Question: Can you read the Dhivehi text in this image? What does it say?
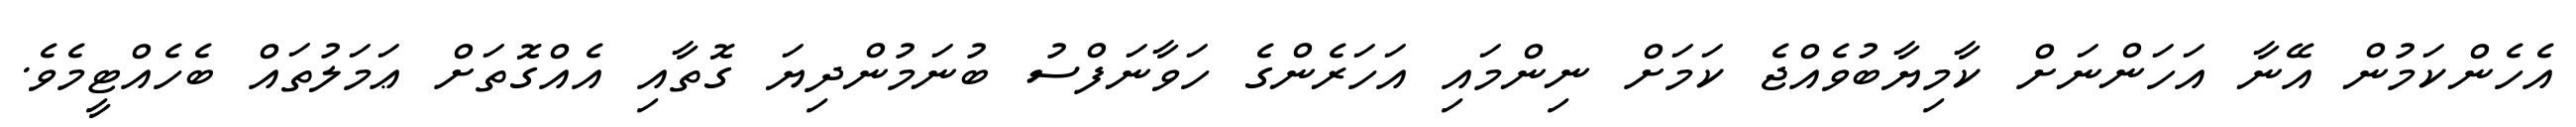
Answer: އެހެންކަމުން އޭނާ އަހަންނަށް ކާމިޔާބުވެއްޖެ ކަމަށް ނިންމައި އަހަރެންގެ ހަވާނަފްސު ބުނަމުންދިޔަ ގޮތާއި އެއްގޮތަށް ޢަމަލުތައް ބެހެއްޓީމެވެ.